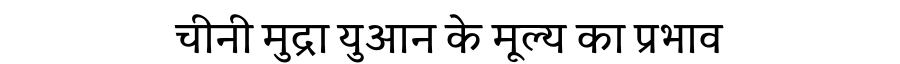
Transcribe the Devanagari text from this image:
चीनी मुद्रा युआन के मूल्य का प्रभाव